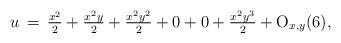
LaTeX: \begin{align*}u\,=\,\tfrac{x^2}{2}+\tfrac{x^2y}{2}+\tfrac{x^2y^2}{2}+0+0+\tfrac{x^2y^3}{2}+{\rm O}_{x,y}(6),\end{align*}